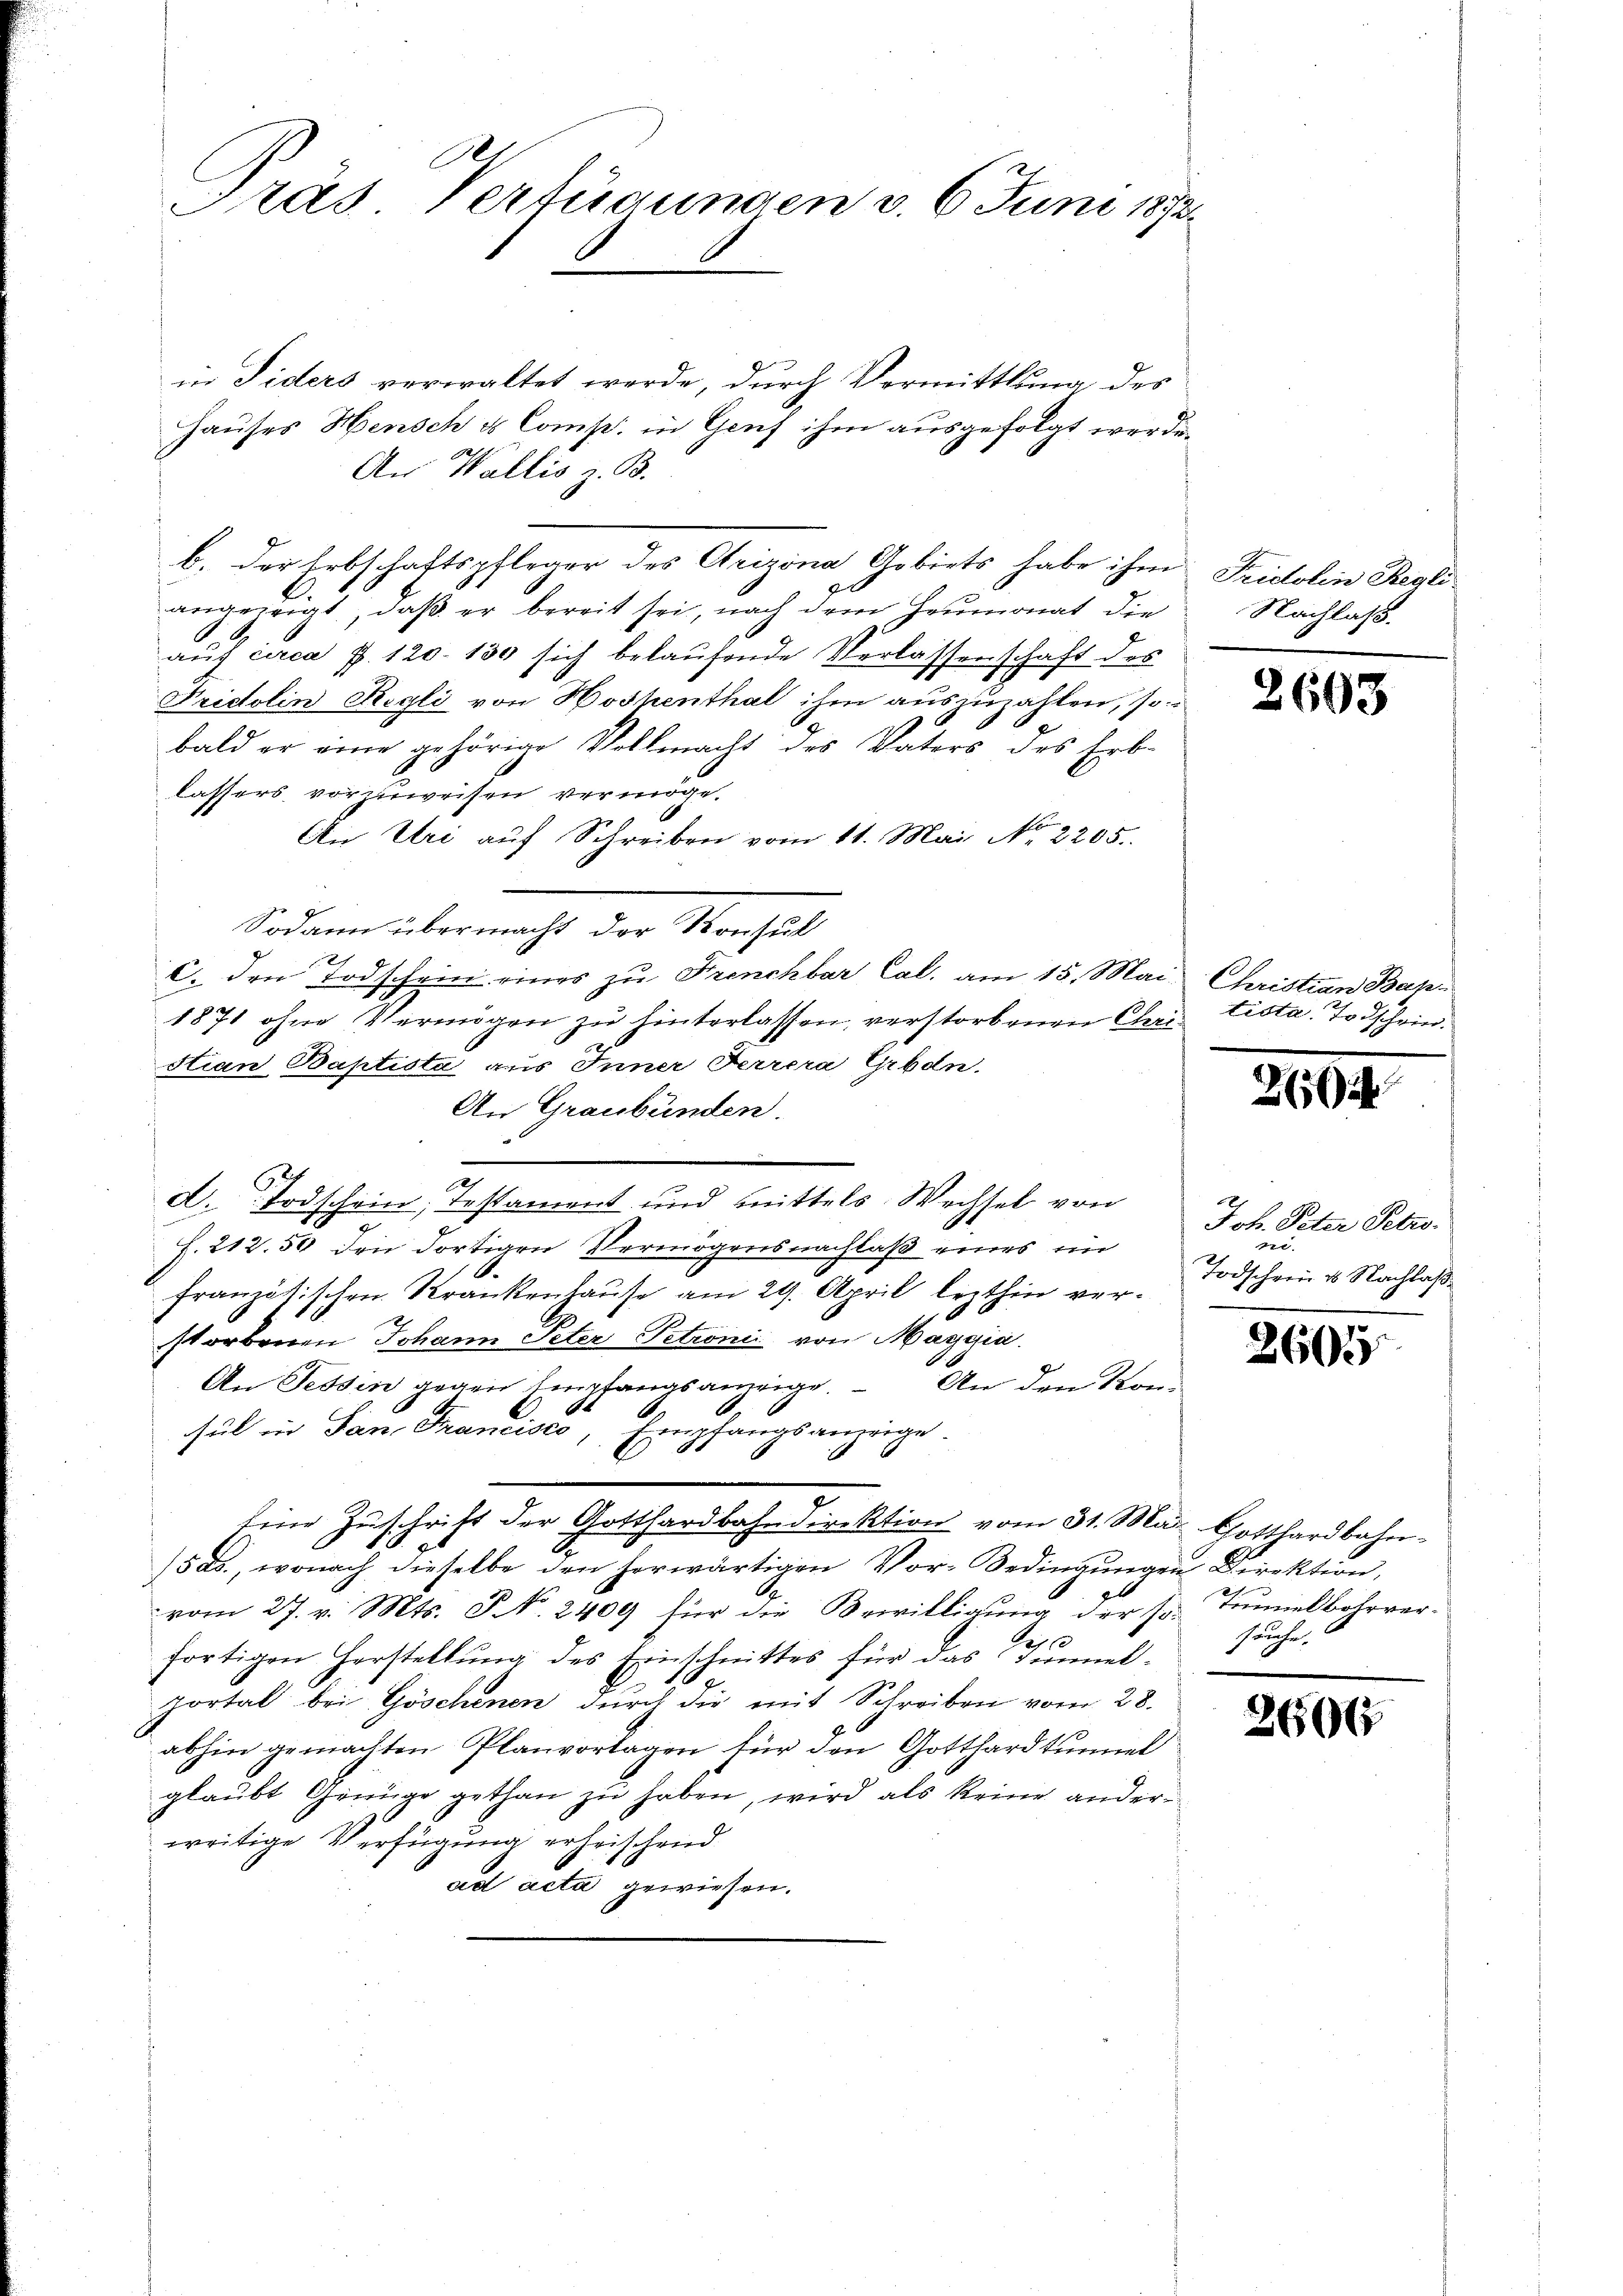
in Siders verwaltet werde, durch Vermittlung des
Hauses Hensche Comp. in Genf ihm ausgefolgt werde.
An Wallis z. B.
b. der Erbschaftspfleger des Orizona Gebiets habe ihm
angezeigt, daß er bereit sei, nach dem Heumonat die
auf circa P. 120. 130 sich belaufende Verlassenschaft des
Fridolin Regli von Hoshenthal ihm auszuzahlen, so
bald er eine gehörige Vollmacht des Vaters des Erb-
lassers vorzuweisen vermöge.
An Uri aŭf Schreiben vom 11. Mai No 2205.
Sodann übermacht der Konsul
c. den Todschein eines zŭ Frenchbar Cal. am 15. Mai Christian Bap
1871 ohne Vermögen zu hinterlassen, verstorbenen Chri tista. Todschein¬
Stian Baptista aus Inner Ferrera Grodn.
An Graubünden.
d. Todschein, Testament und mittels Wechsel von
L. 212.50 den dortigen Vermögensnachlaß eines ein
.
französischen Krankenhause am 29. April lezthin verstorbenen Johann Peter Petronii von Maggia.
An Fessen gegen Empfangsanzeige. An den Kon-
sul in San Francisco, Empfangsanzeige
Eine Zuschrift der Gotthardbahndirektion vom 31. Mai Gotthardbahn¬
1
/5 ds., wonach dieselbe den herwärtigen Vor-Bedingŭngen Direktion,
vom 27. v. Mts. P. N. 2409 für die Bewilligung der Hr. Tunnelbahrver-
fortigen Herstellung des Einschnittes für das Tunnel-
.
portal bei Göschenen durch die mit Schreiben vom 28.
abhin gemachten Planvortagen für den Gotthardtunnel
glaubt Genüge gethan zu haben, wird als keine anderweitige Verfügung erheischend
ad acta gewiesen.

Tras Verfügungen v. 6. Juni 1873.

Fridolin Regli
Nachlaß.

2663

2604

Joh. Peter Petzo-
.
Todschein u. Nachlaß

2605

sache.

2606